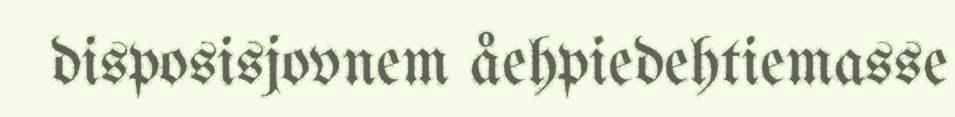
disposisjovnem åehpiedehtiemasse